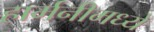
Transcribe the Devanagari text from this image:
हार्मनीमध्ये